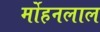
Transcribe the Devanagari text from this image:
र्मोहनलाल